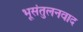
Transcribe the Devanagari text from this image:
भूसंतुलनवाद